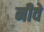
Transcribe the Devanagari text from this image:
नीवे